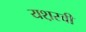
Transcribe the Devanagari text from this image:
यश़स्वी